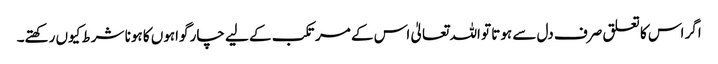
اگر اس کا تعلق صرف دل سے ہوتا تو اللہ تعالیٰ اس کے مرتکب کے لیے چار گواہوں کا ہونا شرط کیوں رکھتے۔